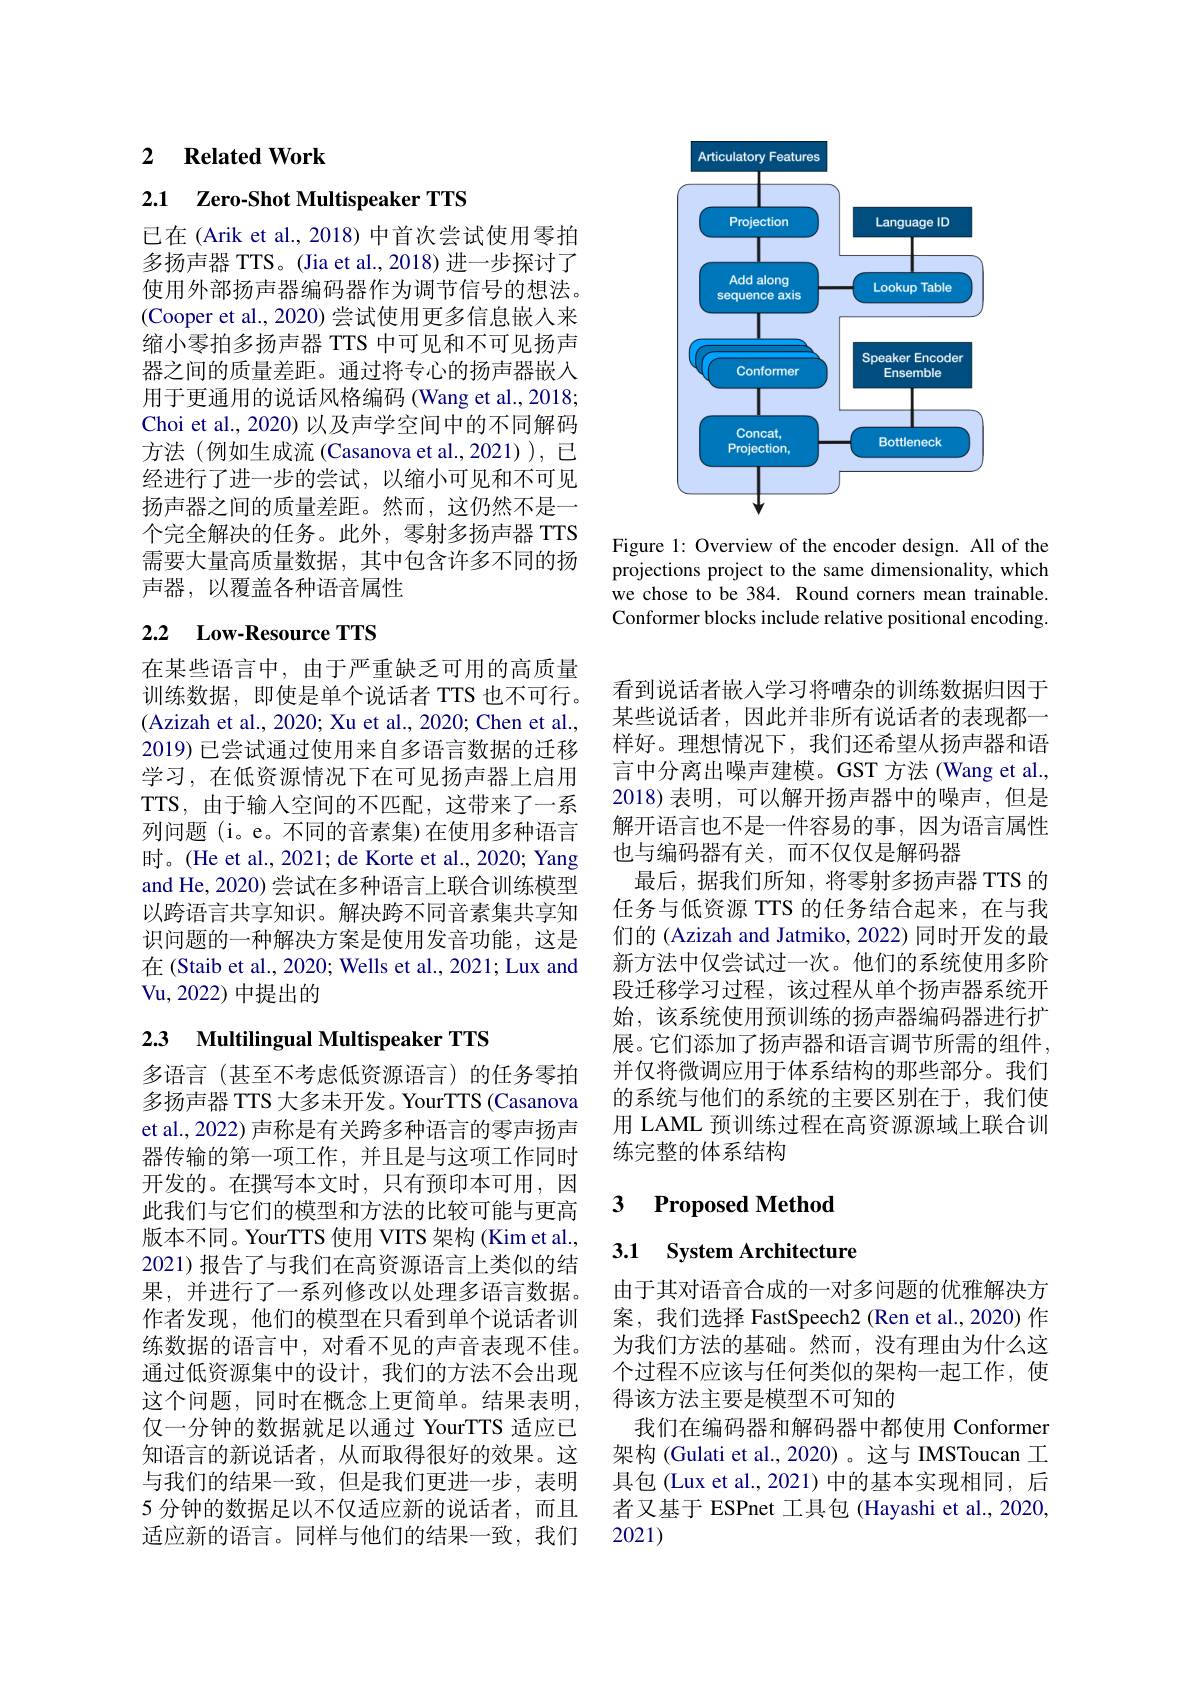
### 2 $\textbf{Related Work}$

2.1 Zero-Shot Multispeaker TTS

已在(Arik et al., 2018) 中首次尝试使用零拍多扬声器 TTS。(Jia et al., 2018) 进一步探讨了使用外部扬声器编码器作为调节信号的想法。(Cooper et al., 2020) 尝试使用更多信息嵌人来缩小零拍多扬声器 TTS 中可见和不可见扬声器之间的质量差距。通过将专心的扬声器嵌入用于更通用的说话风格编码(Wang et al., 2018; Choi et al., 2020) 以及声学空间中的不同解码方法(例如生成流(Casanova et al.,2021)),已经进行了进一步的尝试，以缩小可见和不可见扬声器之间的质量差距。然而，这仍然不是一个完全解决的任务。此外，零射多扬声器 TTS 需要大量高质量数据，其中包含许多不同的扬声器，以覆盖各种语音属性

## 2.2 Low-Resource TTS

在某些语言中，由于严重缺乏可用的高质量训练数据，即使是单个说话者 TTS 也不可行。(Azizah et al., 2020; Xu et al., 2020; Chen et al., 2019) 已尝试通过使用来自多语言数据的迁移学习，在低资源情况下在可见扬声器上启用TTS,由于输入空间的不匹配，这带来了一系列问题 (i。e。不同的音素集)在使用多种语言时。(He et al., 2021; de Korte et al., 2020; Yang and He, 2020) 尝试在多种语言上联合训练模型以跨语言共享知识。解决跨不同音素集共享知识问题的一种解决方案是使用发音功能，这是在(Staib et al., 2020; Wells et al., 2021; Lux and Vu,2022) 中提出的

# 2.3 Multilingual Multispeaker TTS

多语言(甚至不考虑低资源语言)的任务零拍多扬声器 TTS 大多未开发。YourTTS (Casanova et al., 2022) 声称是有关跨多种语言的零声扬声器传输的第一项工作，并且是与这项工作同时开发的。在撰写本文时，只有预印本可用，因此我们与它们的模型和方法的比较可能与更高版本不同。YourTTS 使用 VITS 架构 (Kim et al., 2021)报告了与我们在高资源语言上类似的结果，并进行了一系列修改以处理多语言数据。作者发现，他们的模型在只看到单个说话者训练数据的语言中，对看不见的声音表现不佳。通过低资源集中的设计，我们的方法不会出现这个问题，同时在概念上更简单。结果表明， 仅一分钟的数据就足以通过 YourTTS 适应已知语言的新说话者，从而取得很好的效果。这与我们的结果一致，但是我们更进一步，表明5 分钟的数据足以不仅适应新的说话者，而且适应新的语言。同样与他们的结果一致，我们

<FigureHere>

Figure 1: Overview of the encoder design. All of the projections project to the same dimensionality, which we chose to be 384. Round corners mean trainable. Conformer blocks include relative positional encoding.

看到说话者嵌人学习将嘈杂的训练数据归因于某些说话者，因此并非所有说话者的表现都一样好。理想情况下，我们还希望从扬声器和语言中分离出噪声建模。GST 方法(Wang et al., 2018)表明，可以解开扬声器中的噪声，但是解开语言也不是一件容易的事，因为语言属性也与编码器有关，而不仅仅是解码器
最后，据我们所知，将零射多扬声器 TTS 的任务与低资源 TTS 的任务结合起来，在与我们的 (Azizah and Jatmiko, 2022) 同时开发的最新方法中仅尝试过一次。他们的系统使用多阶段迁移学习过程，该过程从单个扬声器系统开始，该系统使用预训练的扬声器编码器进行扩展。它们添加了扬声器和语言调节所需的组件， 并仅将微调应用于体系结构的那些部分。我们的系统与他们的系统的主要区别在于，我们使用 LAML 预训练过程在高资源源域上联合训练完整的体系结构

### 3 $\textbf{Proposed Method}$

## 3.1 System Architecture

由于其对语音合成的一对多问题的优雅解决方案，我们选择 FastSpeech2(Ren et al.,2020)作为我们方法的基础。然而，没有理由为什么这个过程不应该与任何类似的架构一起工作，使得该方法主要是模型不可知的
我们在编码器和解码器中都使用 Conformer 架构 (Gulati et al., 2020)。这与 IMSToucan 工具包(Lux et al., 2021) 中的基本实现相同，后者又基于 ESPnet 工具包 (Hayashi et al., 2020, 2021)